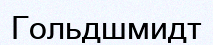
Гольдшмидт